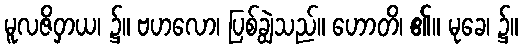
မူလဇိဝှာယ၊ ၌။ ဗဟလော၊ ပြစ်ချွဲသည်။ ဟောတိ၊ ၏။ မုခေ၊ ၌။